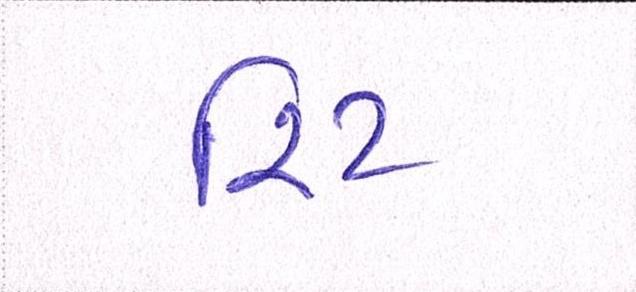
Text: રિટ